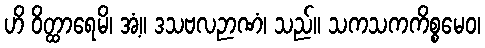
ဟိ ဝိတ္ထာရေမိ၊ အံ့။ ဒသဗလဉာဏံ၊ သည်။ သကသကကိစ္စမေဝ၊